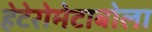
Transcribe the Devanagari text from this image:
हेटेरोमेटाबोला